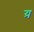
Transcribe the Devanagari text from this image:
य़